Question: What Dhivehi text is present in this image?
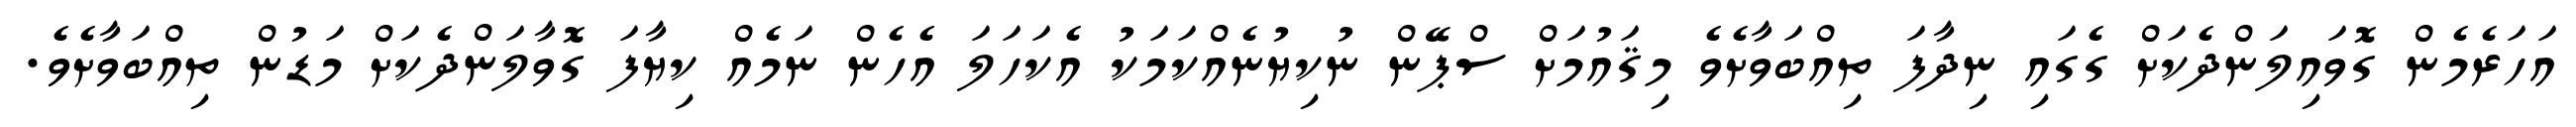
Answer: އަހަރެމެން ގޮވައިލަންދެކަށް ގެގައި ނިދާފަ ތިއްބަވާށެވެ މިޤައުމަށް ސްޕޭން ނުކިޔުނެއްކަމަކު އެކަހަލަ އެހެން ނަމެއް ކިޔާފަ ގޮވާލަންދެކަށް މަޑުން ތިއްބަވާށެވެ.